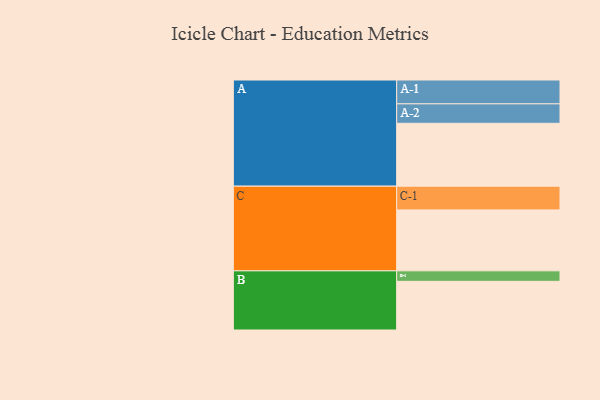
{"axis": {"x": "Segment", "y": "Value"}, "legend": ["", "A", "B", "C"], "data": [{"x": "A", "y": 575, "type": ""}, {"x": "B", "y": 445, "type": ""}, {"x": "C", "y": 557, "type": ""}, {"x": "A-1", "y": 218, "type": "A"}, {"x": "A-2", "y": 178, "type": "A"}, {"x": "B-1", "y": 96, "type": "B"}, {"x": "C-1", "y": 217, "type": "C"}]}